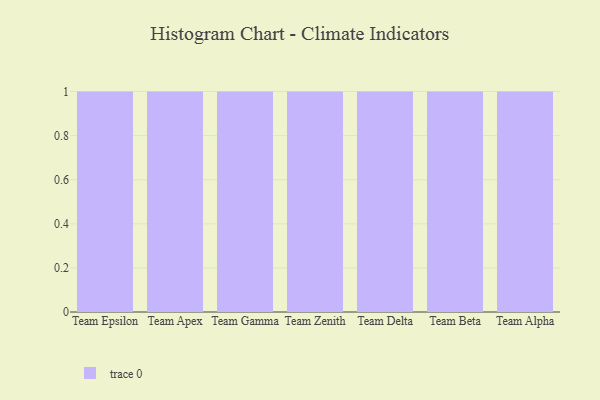
{"axis": {"x": "Team", "y": "Population (Million)"}, "legend": [""], "data": [{"x": "Team Epsilon", "y": 41, "type": ""}, {"x": "Team Apex", "y": 100, "type": ""}, {"x": "Team Gamma", "y": 63, "type": ""}, {"x": "Team Zenith", "y": 7, "type": ""}, {"x": "Team Delta", "y": 43, "type": ""}, {"x": "Team Beta", "y": 45, "type": ""}, {"x": "Team Alpha", "y": 77, "type": ""}]}